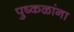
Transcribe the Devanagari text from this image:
पुष्‍कळांना